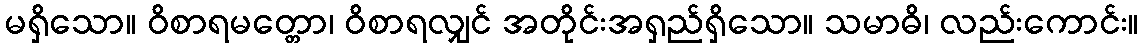
မရှိသော။ ဝိစာရမတ္တော၊ ဝိစာရလျှင် အတိုင်းအရှည်ရှိသော။ သမာဓိ၊ လည်းကောင်း။